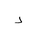
Letter: _dal